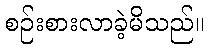
စဉ်းစားလာခဲ့မိသည်။